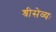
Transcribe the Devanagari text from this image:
श्रीसेव्यः